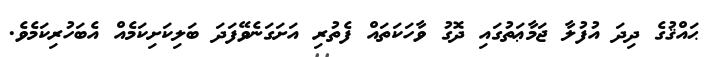
ޙައްޤުގެ ދިދަ އުފުލާ ޖަމާޢަތުގައި ދޮގު ވާހަކަތައް ފެތުރި އަށަގަނެވޭފަދަ ބަލިކަށިކަމެއް އެބަހުރިކަމެވެ.